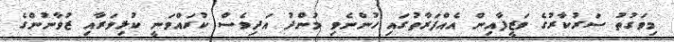
މިވަގުތު ސަރުކާރުގެ ވަޒީފާއިން އެއްފަރާތުގައި ހުންނެވި މުންދު އަދިވެސް ކުރައްވަނީ ކުޅިވަރާއި ޒުވާނުންގެ